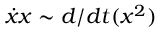
\dot { x } x \sim d / d t ( x ^ { 2 } )